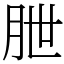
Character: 朑